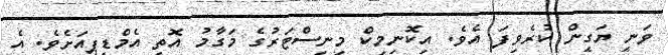
ވަނީ ޔަގީން ކުރެވިފަ އެވެ. އިކޮނިމިކް މިނިސްޓަރުގެ މަގާމު އޮތީ އެމްޑީޕީއަށެވެ. އެ